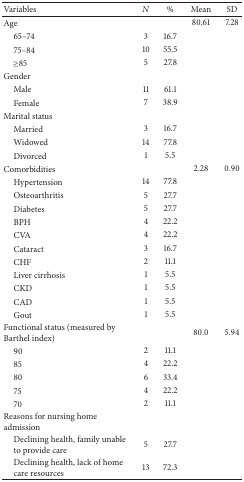
| Variables | N | % | Mean | SD |
 | --- | --- | --- | --- | --- |
 | Age |  |  | 80.61 | 7.28 |
 | 65–74 | 3 | 16.7 |  |  |
 | 75–84 | 10 | 55.5 |  |  |
 | ≥85 | 5 | 27.8 |  |  |
 | Gender |  |  |  |  |
 | Male | 11 | 61.1 |  |  |
 | Female | 7 | 38.9 |  |  |
 | Marital status |  |  |  |  |
 | Married | 3 | 16.7 |  |  |
 | Widowed | 14 | 77.8 |  |  |
 | Divorced | 1 | 5.5 |  |  |
 | Comorbidities |  |  | 2.28 | 0.90 |
 | Hypertension | 14 | 77.8 |  |  |
 | Osteoarthritis | 5 | 27.7 |  |  |
 | Diabetes | 5 | 27.7 |  |  |
 | BPH | 4 | 22.2 |  |  |
 | CVA | 4 | 22.2 |  |  |
 | Cataract | 3 | 16.7 |  |  |
 | CHF | 2 | 11.1 |  |  |
 | Liver cirrhosis | 1 | 5.5 |  |  |
 | CKD | 1 | 5.5 |  |  |
 | CAD | 1 | 5.5 |  |  |
 | Gout | 1 | 5.5 |  |  |
 | Functional status (measured by Barthel index) |  |  | 80.0 | 5.94 |
 | 90 | 2 | 11.1 |  |  |
 | 85 | 4 | 22.2 |  |  |
 | 80 | 6 | 33.4 |  |  |
 | 75 | 4 | 22.2 |  |  |
 | 70 | 2 | 11.1 |  |  |
 | Reasons for nursing home admission |  |  |  |  |
 | Declining health, family unable to provide care | 5 | 27.7 |  |  |
 | Declining health, lack of home care resources | 13 | 72.3 |  |  |